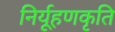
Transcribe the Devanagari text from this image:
निर्यूहणकृति